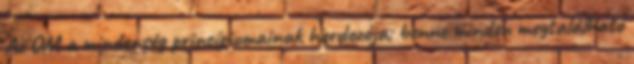
Az OM a mindenség princípiumainak hordozója; benne minden megtalálható